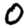
Digit: 0